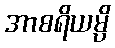
အာစရိယမ္ပိ